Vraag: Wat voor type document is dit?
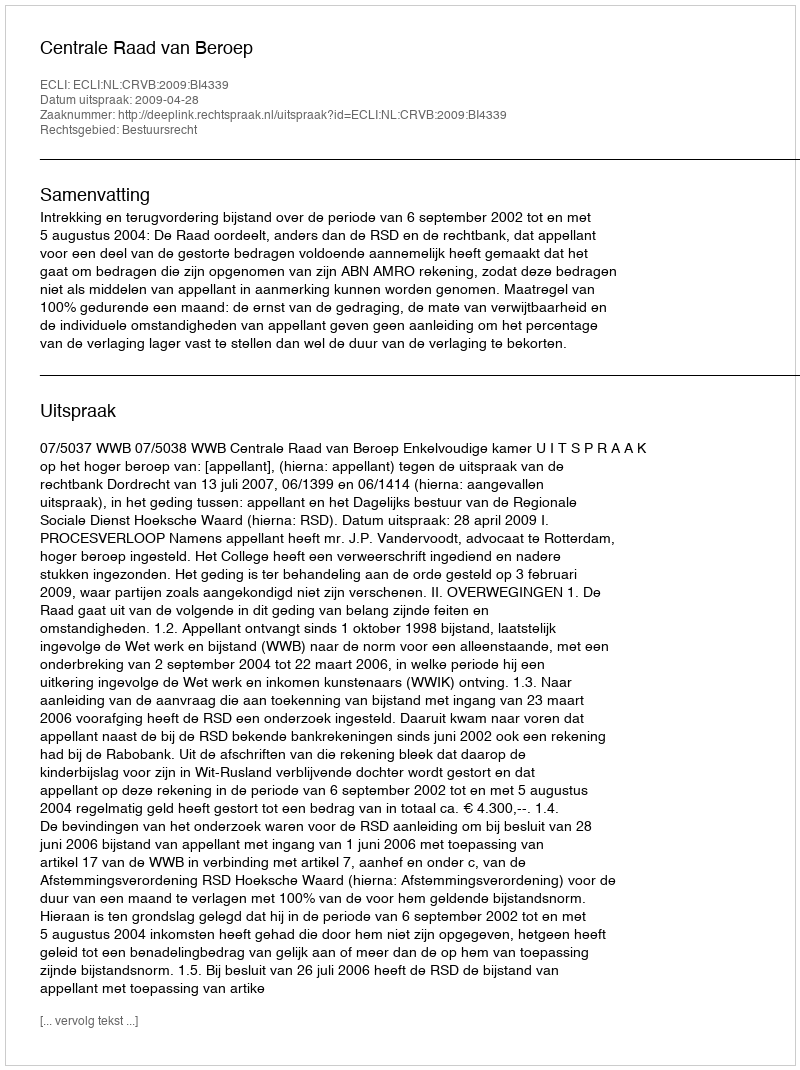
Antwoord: Uitspraak